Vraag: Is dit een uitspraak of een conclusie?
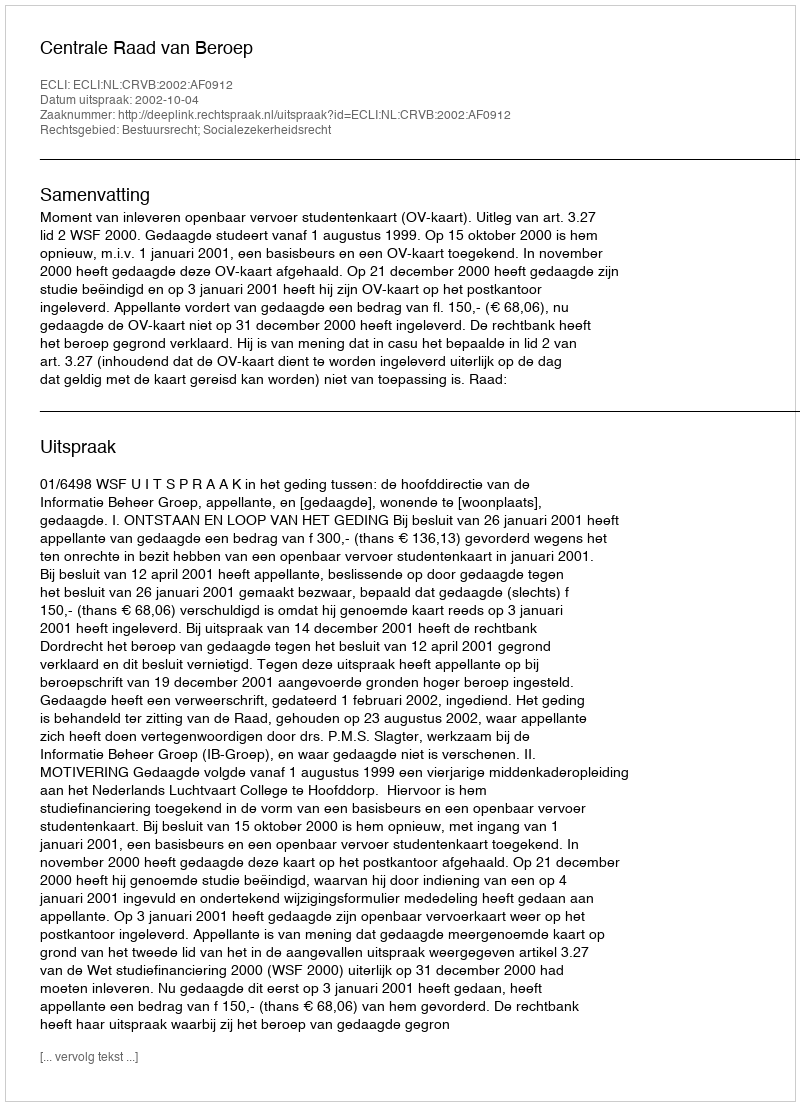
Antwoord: Uitspraak